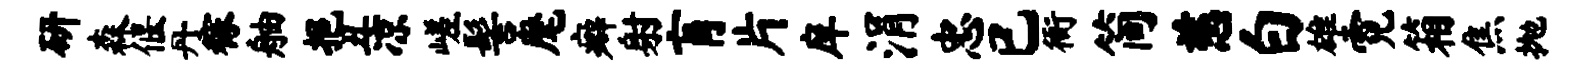
研森偃丹稼舳挹丑凉嵯髻麾癖射肓片庠涓忠已衙简慈白雄霓箱焦抛